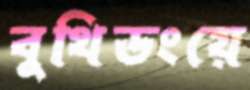
বুথিডংয়ে